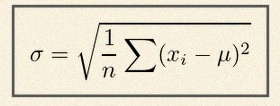
\sigma=\sqrt{\frac1n\sum(x_i-\mu)^2}